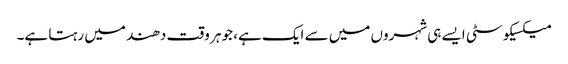
میکسیکو سٹی ایسے ہی شہروں میں سے ایک ہے، جو ہر وقت دھند میں رہتا ہے۔